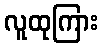
လူထုကြား